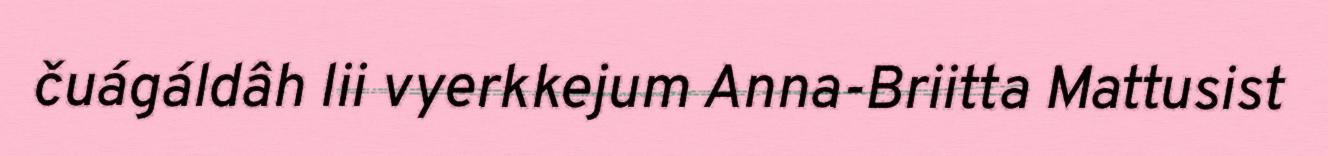
čuágáldâh lii vyerkkejum Anna-Briitta Mattusist